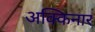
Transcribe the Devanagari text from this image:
अक्किनार